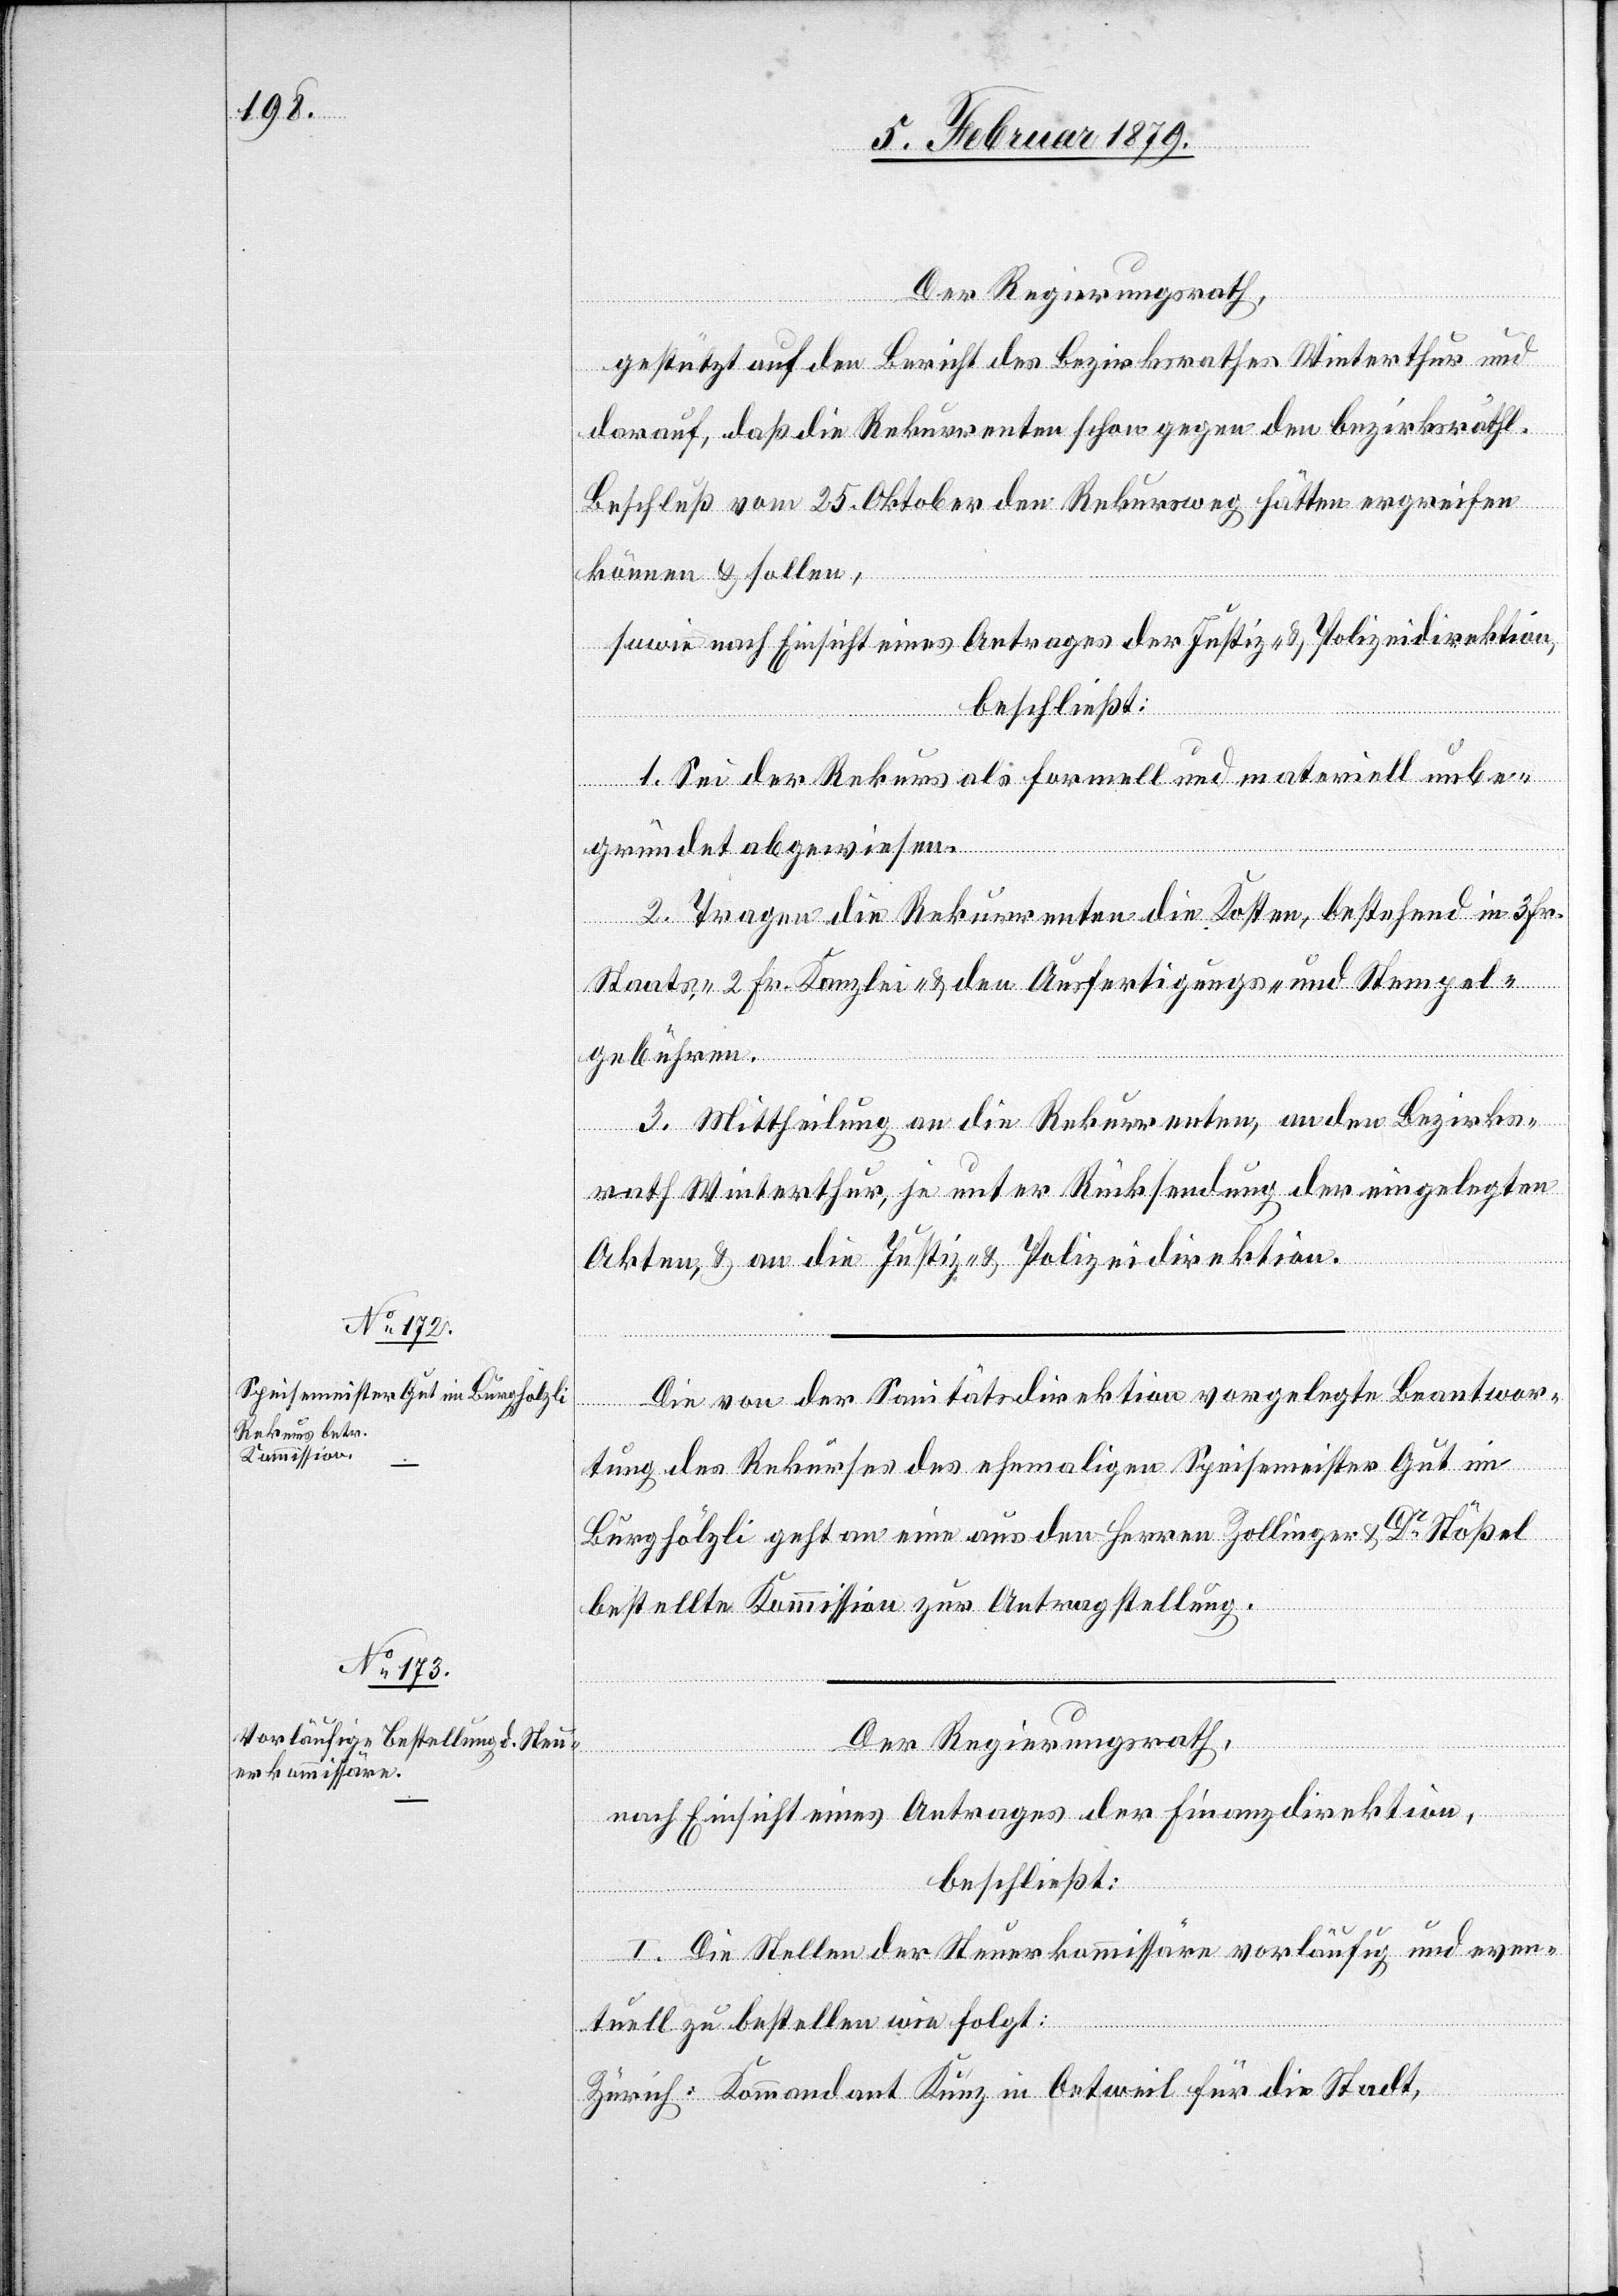
Der Regierungsrath,
gestützt auf den Bericht des Bezirksrathes Winterthur und
darauf, daß die Rekurrenten schon gegen den bezirksräthl.
Beschluß vom 25. Oktober den Rekursweg hätten ergreifen
können & sollen,
sowie nach Einsicht eines Antrages der Justiz- & Polizeidirektion,
beschließt:
1. Sei der Rekurs als formell und materiell unbe¬
gründet abgewiesen.
2. Tragen die Rekurrenten die Kosten, bestehend in 3 Fr.
Staats- 2 Fr. Kanzlei- & den Ausfertigungs- u. Stempel¬
gebühren.
3. Mittheilung an die Rekurrenten, an den Bezirks¬
rath Winterthur, je unter Rücksendung der eingelegten
Akten, & an die Justiz- & Polizeidirektion.
Die von der Sanitätsdirektion vorgelegte Beantwor¬
tung des Rekurses des ehemaligen Speisemeister Gut im
Burghölzli geht an eine aus den Herren Zollinger & Dr Stößel
bestellte Kommission zur Antragstellung.
Der Regierungsrath,
nach Einsicht eines Antrages der Finanzdirektion,
beschließt:
I. Die Stellen der Steuerkommissäre vorläufig und even¬
tuell zu bestellen wie folgt:
Zürich: Kommandant Kunz in Oetweil für die Stadt,